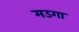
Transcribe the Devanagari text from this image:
मउगा